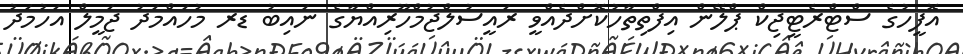
އޮފީހުގެ ސްޓްރެޓީޖިކް ޕްލޭން އިފްތިތާހުކޮށްދެއްވީ ރައީސުލްޖުމްހޫރިއްޔާގެ ނައިބު ޑރ މުހައްމަދު ޖަމީލް އަހުމަދު